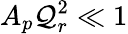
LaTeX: A_{p}\mathcal{Q}_{r}^{2}\ll1